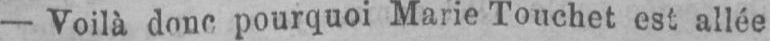
- Voilà donc pourquoi Marie Touchet est allée